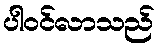
ပါဝင်လာသည်